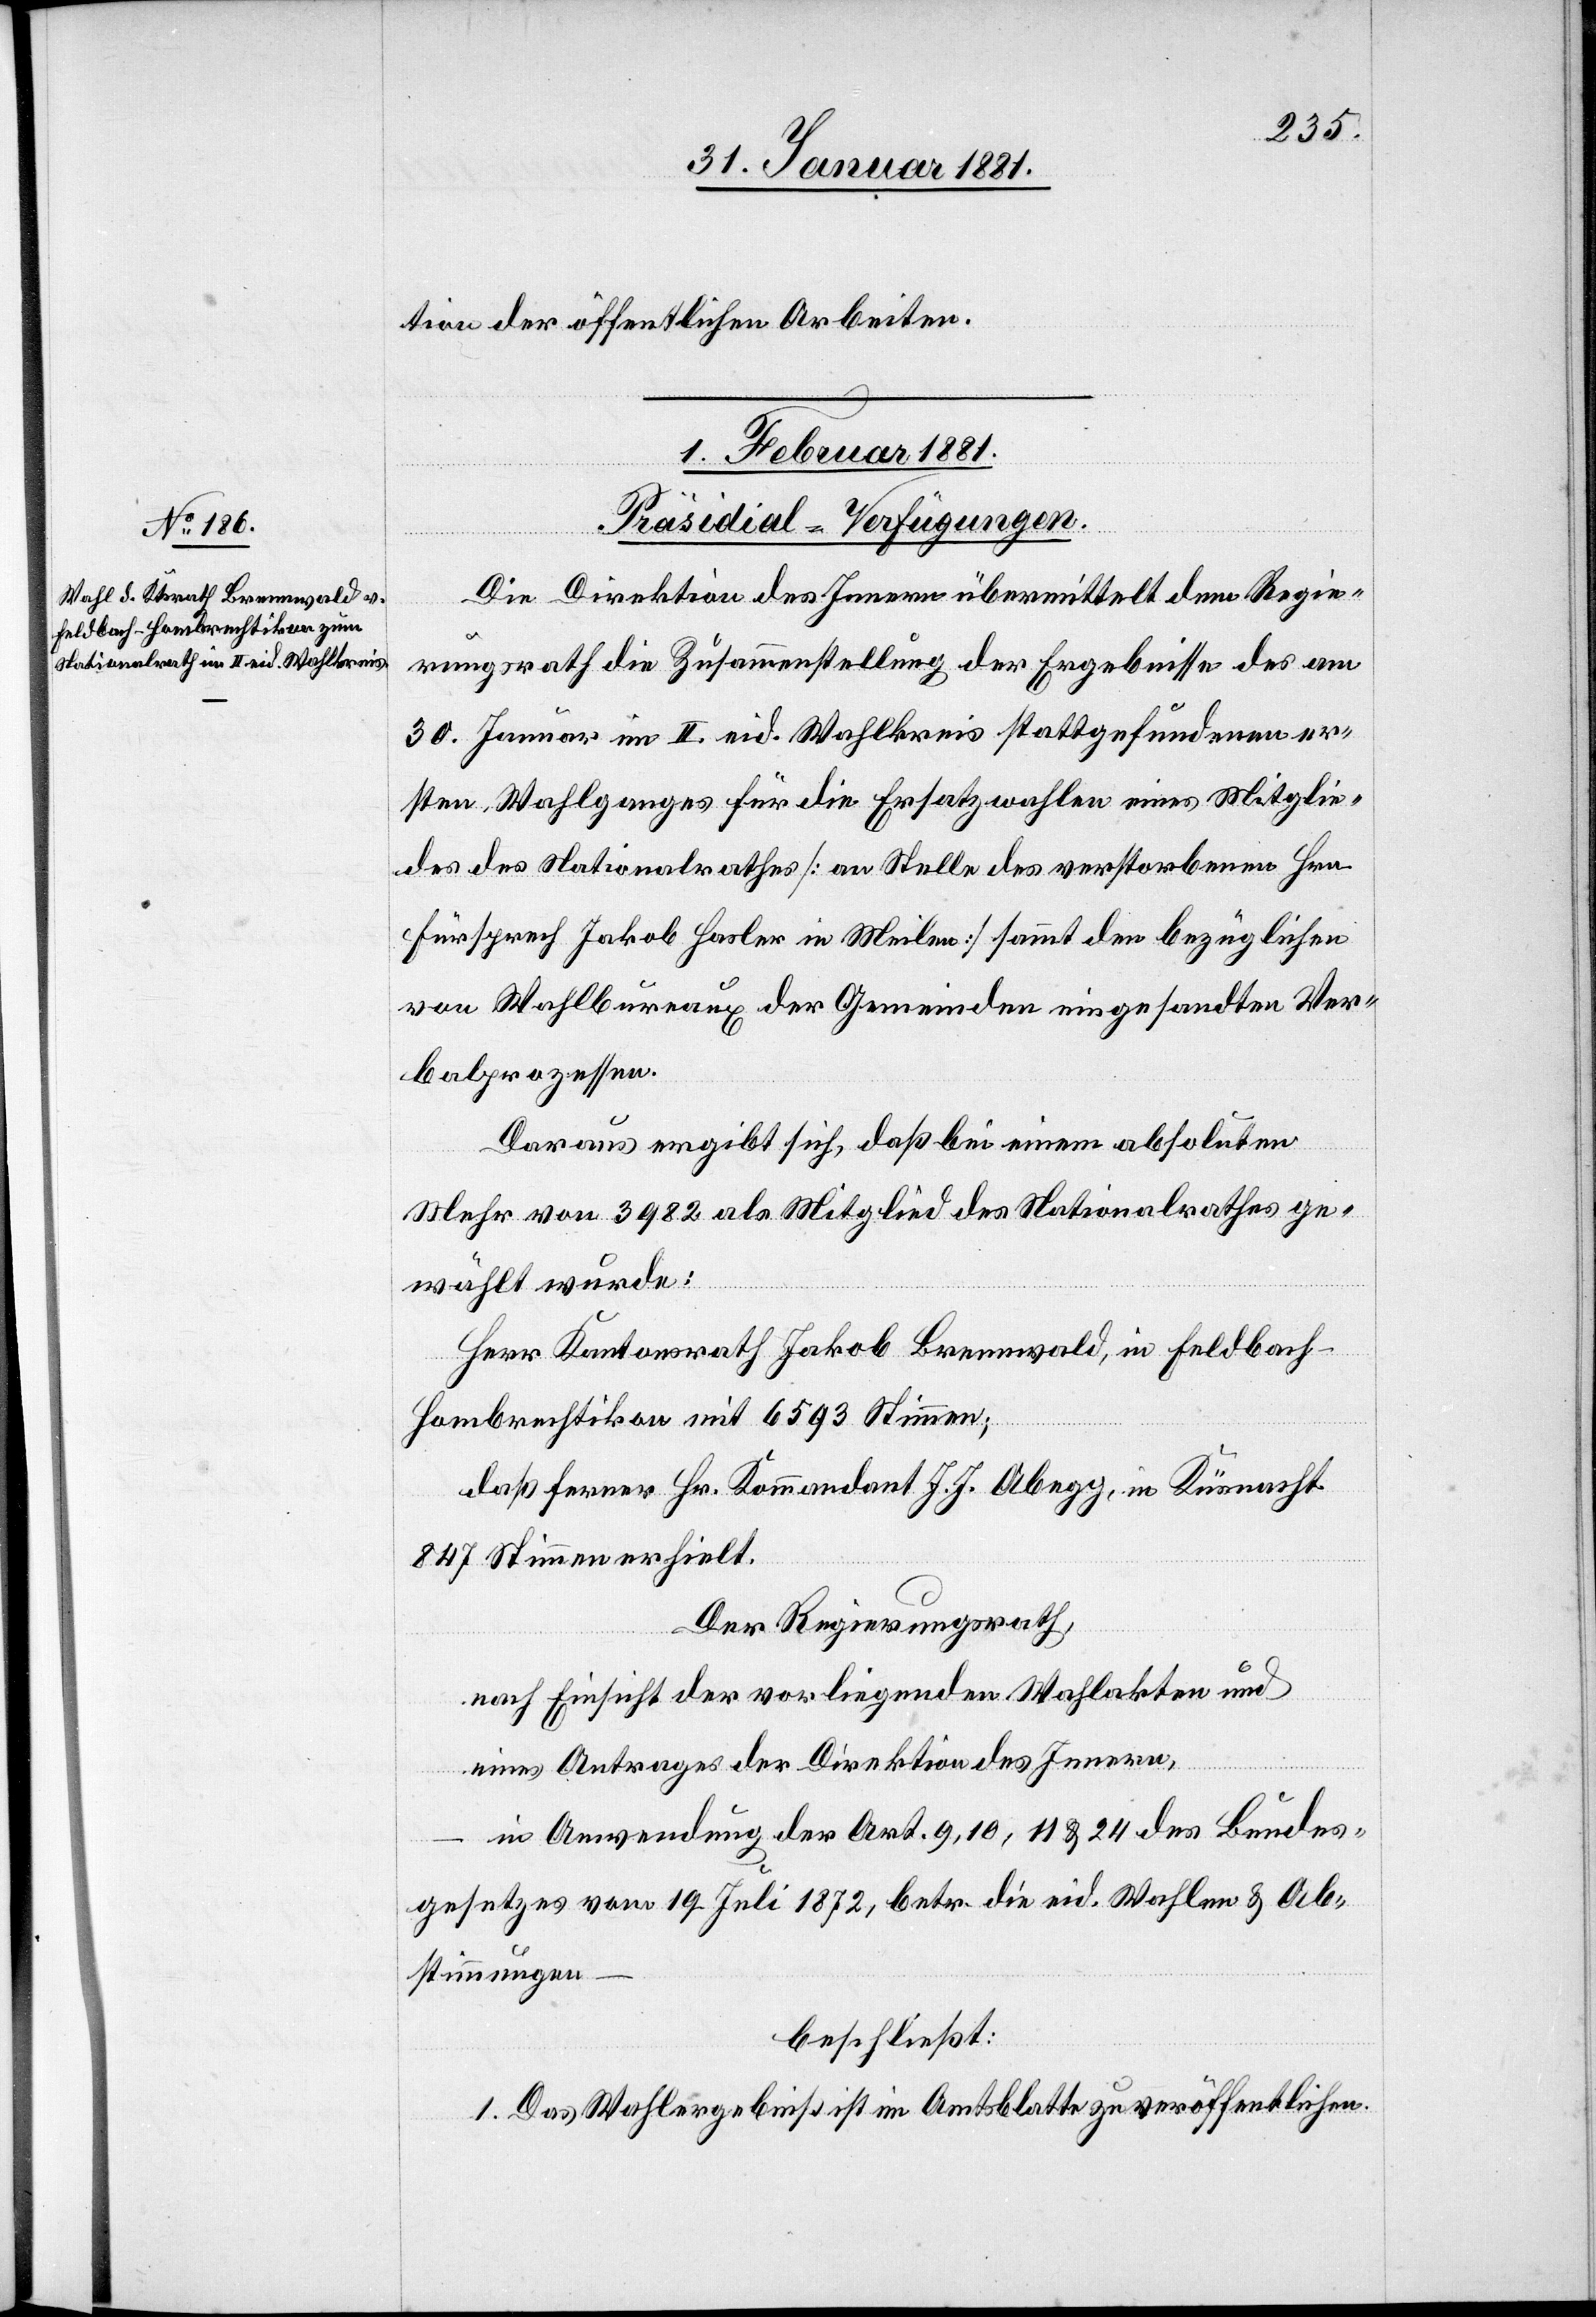
tion der öffentlichen Arbeiten.
1. Februar 1881.
Präsidial-Verfügungen.
Die Direktion des Innern übermittelt dem Regie¬
rungsrath die Zusammenstellung der Ergebnisse des am
30. Jenner im II. eid. Wahlkreis stattgefundenen er¬
sten Wahlganges für die Ersatzwahlen eines Mitglie¬
des des Nationalrathes [an Stelle des verstorbenen Hrn.
Fürsprech Jakob Hasler in Meilen] sammt den bezüglichen
von Wahlbureaux der Gemeinden eingesandten Ver¬
balprozessen.
Daraus ergibt sich, daß bei einem absoluten
Mehr von 3982 als Mitglied des Nationalrathes ge¬
wählt wurde:
Herr Kantonsrath Jakob Brennwald, in Feldbach
Hombrechtikon mit 6593 Stimmen;
daß ferner Hr. Kommandant J. J. Abegg, in Küsnacht
847 Stimmen erhielt.
Der Regierungsrath,
nach Einsicht der vorliegenden Akten und
eines Antrages der Direktion des Innern,
in Anwendung der Art. 9, 10, 11 & 24 des Bundes¬
gesetzes vom 19. Juli 1872, betr. die eid. Wahlen & Ab¬
stimmungen
beschließt:
1. Das Wahlergebniß ist im Amtsblatte zu veröffentlichen.